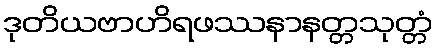
ဒုတိယဗာဟိရဖဿနာနတ္တသုတ္တံ